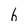
Character: 6